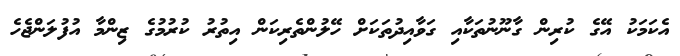
އެކަމަކު އޭގެ ކުރިން ގާނޫނުތަކާއި ގަވާއިދުތަކަށް ހޭލުންތެރިކަން އިތުރު ކުރުމުގެ ޒިންމާ އުފުލަންޖެހެ